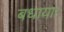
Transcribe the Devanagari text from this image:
बधाया।